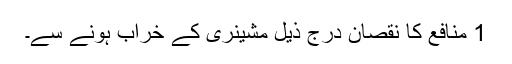
1 منافع کا نقصان درج ذیل مشینری کے خراب ہونے سے۔